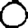
Digit: 0